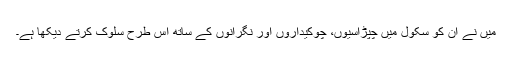
میں نے ان کو سکول میں چپڑاسیوں، چوکیداروں اور نگرانوں کے ساتھ اس طرح سلوک کرتے دیکھا ہے۔